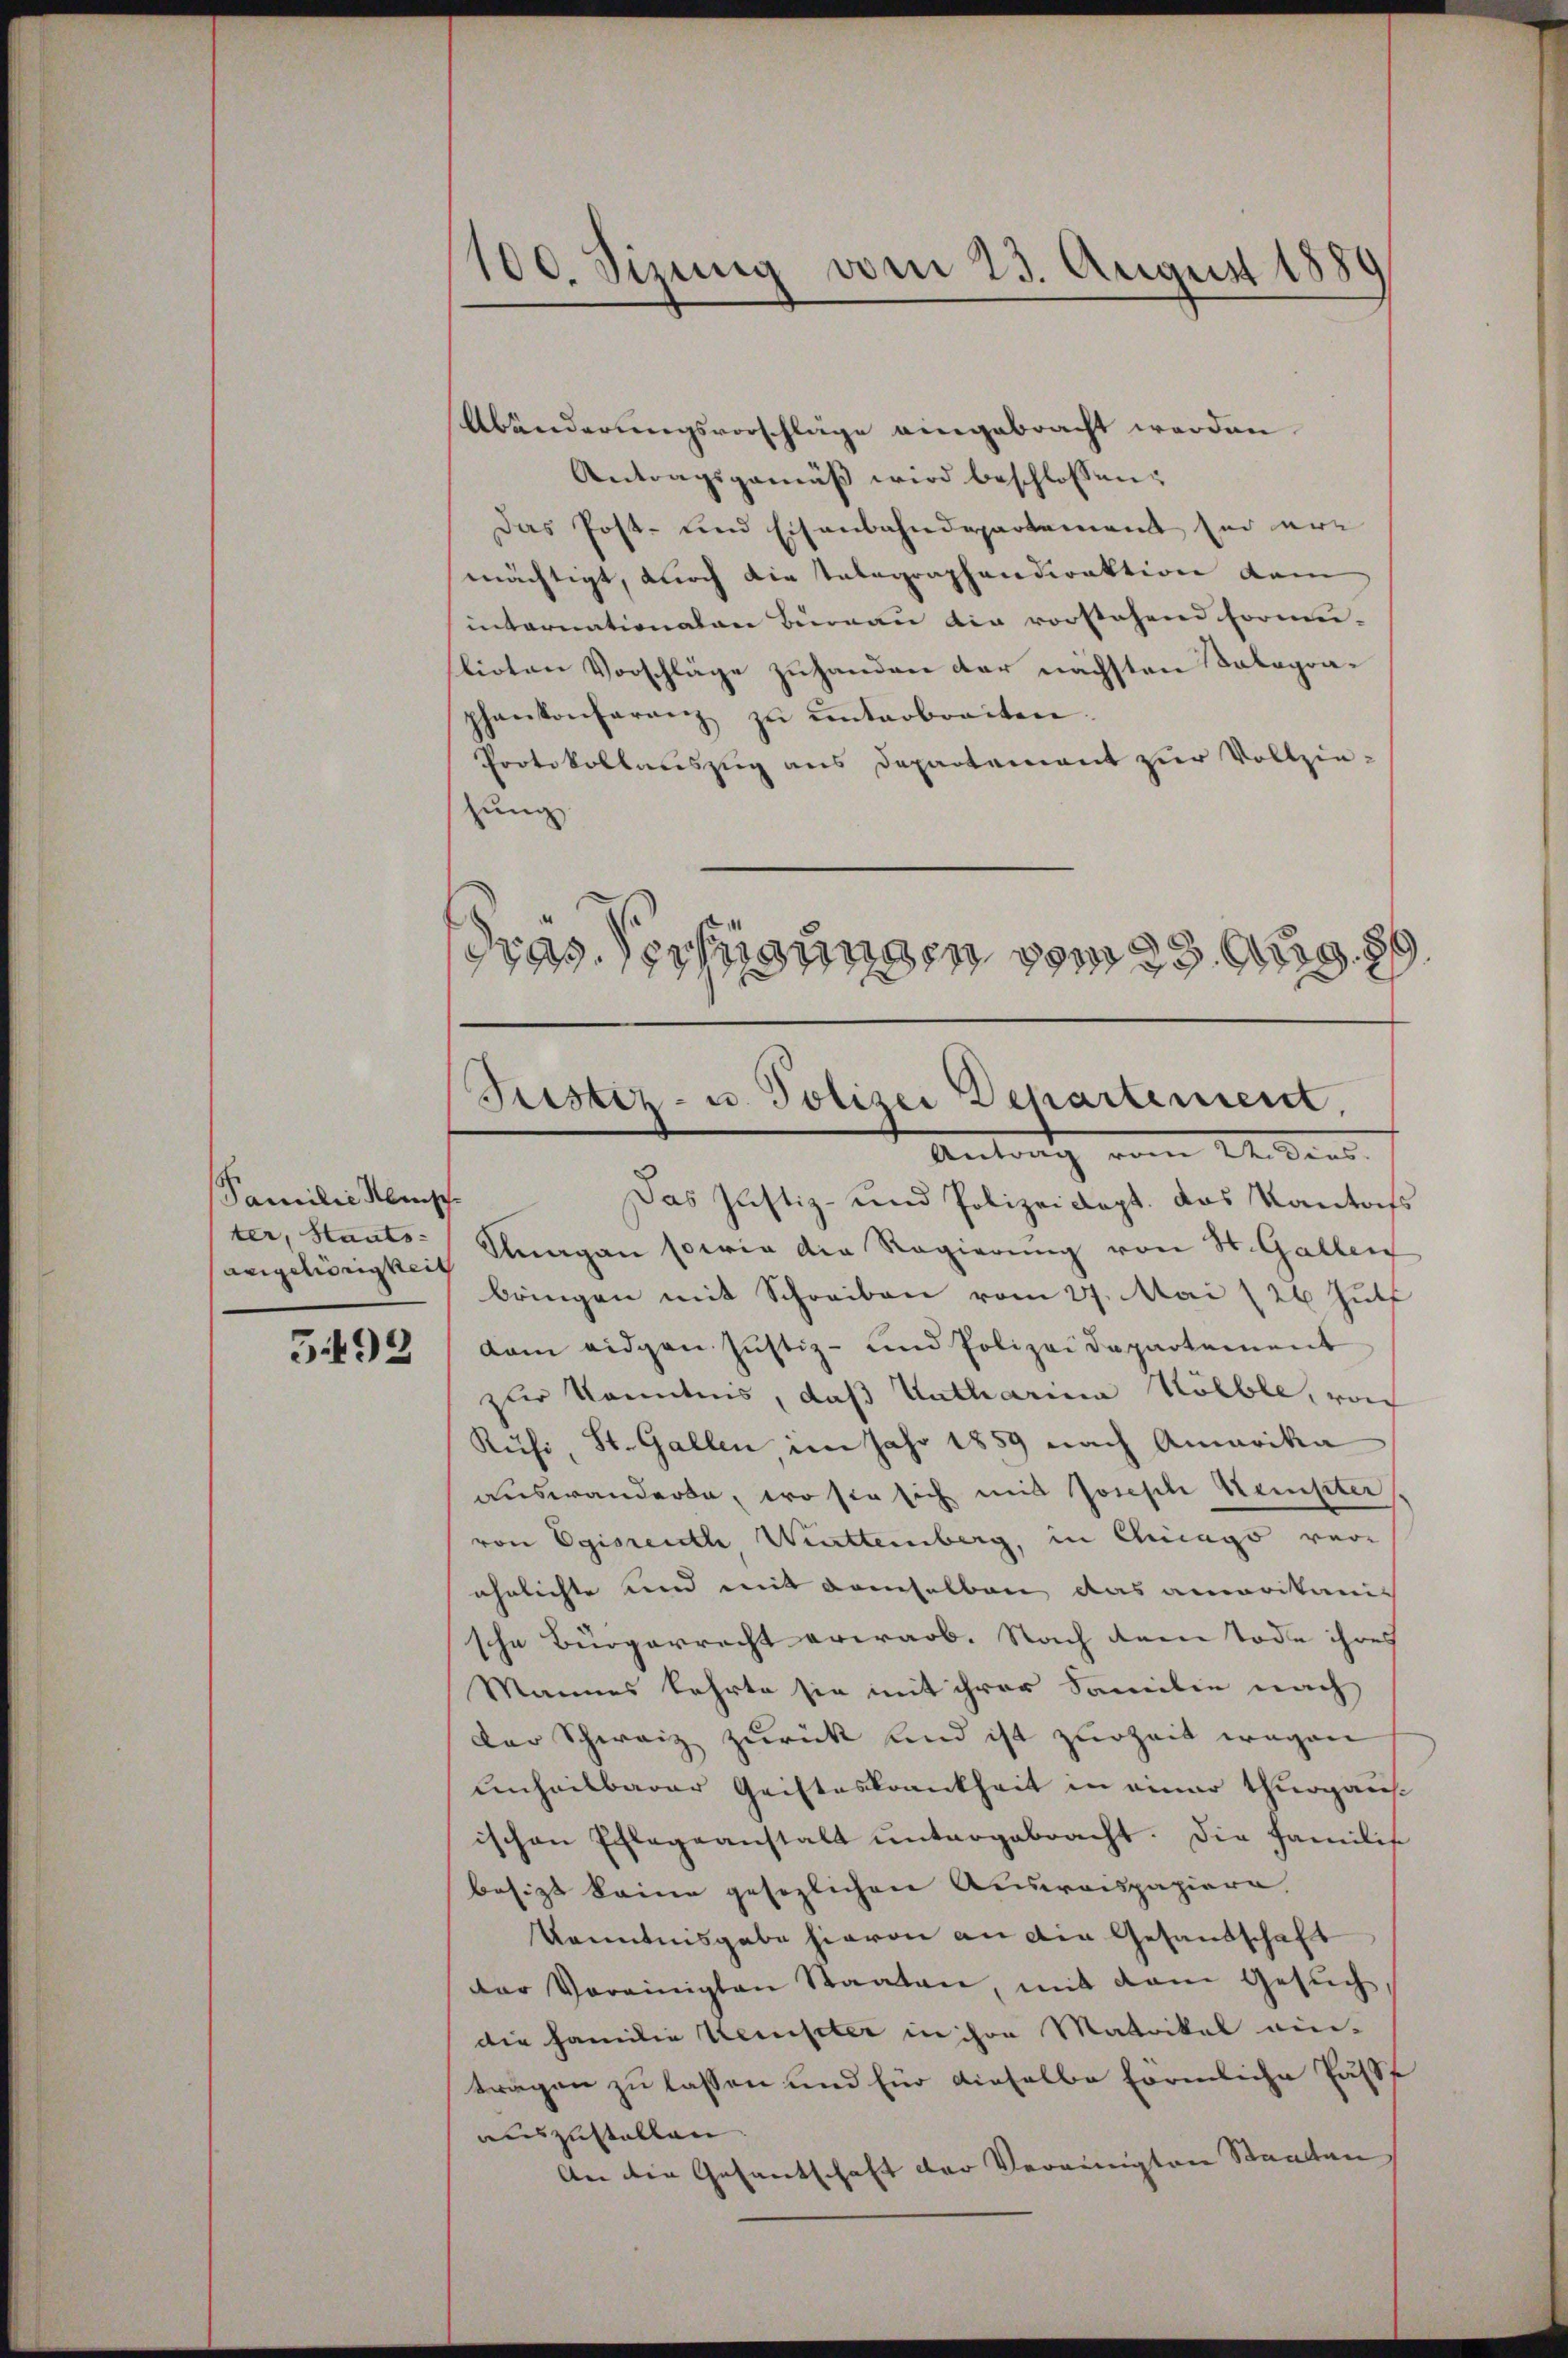
Familie Kemp
ter, Staats-
Angelidrigkeit

593

100. Sizung vom 23. August 1889

Abänderungsvorschläge eingebracht werden.
Antragsgemäß wird beschlossen:
Das Post- und Eisenbahndepartement sei ermächtigt, durch die Talographendirektion dem
internationalen Bureau die vorstehend Formu-
lioten Vorschläge zuhanden der nächsten Talagraphankonferenz zŭ ŭnterbreiten.
Protokollauszug aus Departement zur Vollziezung
Das Justiz- und Polizeidept. das Kantonss
Kagan sowie die Regierung von St. Gallen
bringen mit Schreiben vom 27. Mai 26 Jult
dam eidgen Justiz- und Polizeidepartement
zur Kenntnis, daß Untharina Rölble, noch
Rüfi, St. Gallen im Jahr 1859 nach Amerika
Auswanderte, wo sie sich mit Joseph Meister
von Egisrente Württemberg, in Chicago vorähnlichte und mit demselben das amerikanis
sche Bürgerrecht erwarb. Nach dem Tode ihres
Mannes kehrte sie mit ihrer Familie nach
der Schweiz zurück und ist zur Zeit wegen
unheilbarer Gristeskrankheit in einer Thurgaus-
ischen Pflegeanstalt untergebracht. Die Familis
besizt keine gesezlichen Ausweispapiere.
Kenntnisgabe hievon an die Gesandschaft
der Vereinigten Staaten, mit dem Gesŭch,
die Familie Kempter in ihre Matrikel ein-
tragen zu lassen und für dieselbe förmliche Pastf
auszustellen
An die Gesantschaft der Vereinigten Staaten

dras. Verfügungen vom 23. Aug. 89.
Justiz- u. Polizei Dehartement.
Antrag vom 24. dens.